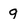
Character: g